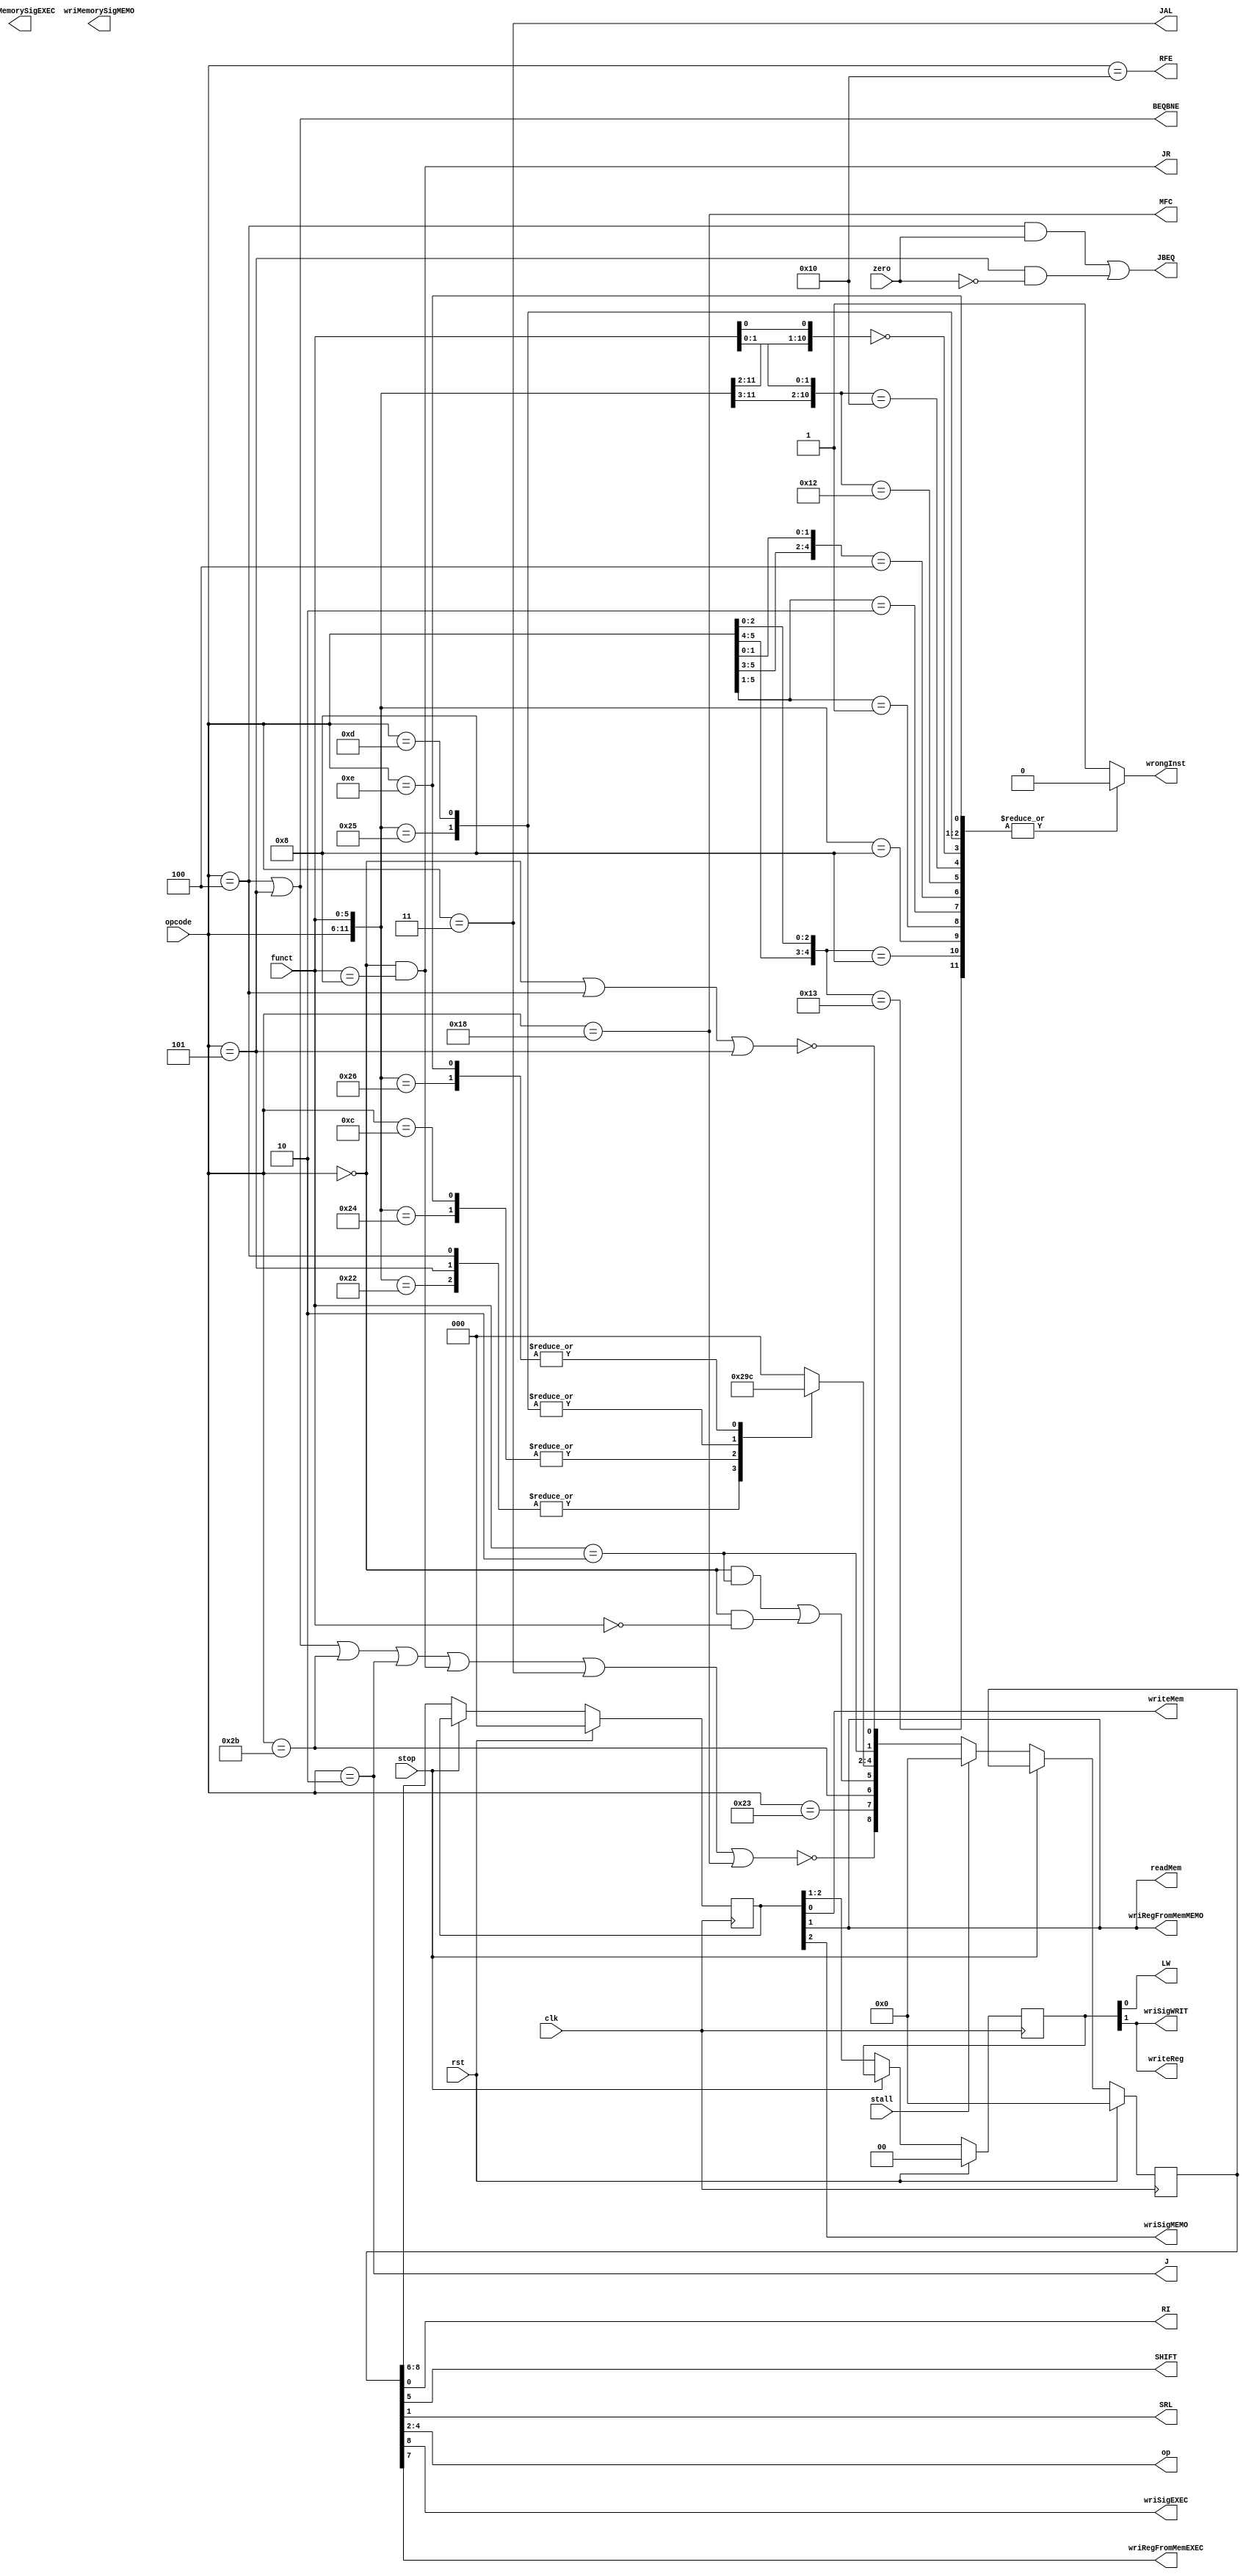
module control_path(
    input clk, rst,
    input [5:0] opcode, funct,
    input zero,
    output BEQBNE, JBEQ, J, JAL, JR, RI, LW, SHIFT, SRL, RFE, MFC,
    output writeReg, writeMem, readMem,
    output [2:0] op,
    output reg wrongInst,
    /* Значения на выход в Управление Конфликтами (Hazard Manager) и вход*/
    input stall, stop,
    output wriSigEXEC, wriSigMEMO, wriSigWRIT,
    output wriMemorySigEXEC, wriMemorySigMEMO,
    output wriRegFromMemEXEC, wriRegFromMemMEMO
);

/* Стартовая выработка команд DECODE стадии */
wire BEQ_D = opcode == 6'b000100;
wire BNE_D = opcode == 6'b000101;
wire RTYPE_D = opcode == 6'b000000;
wire SW_D = opcode == 6'b101011;
// Это J инструкция?
wire J_D = opcode == 6'b000010;
// Это I тип?
wire RI_D = ~(RTYPE_D || BEQ_D || BNE_D);
// Сдвиг left/right? Сдвиг вообще?
wire SLL_D = funct == 6'b000000;
wire SRL_D = funct == 6'b000010;
wire SHIFT_D = (RTYPE_D && SRL_D) || (RTYPE_D && SLL_D);
// Загрузка из памяти?
wire LW_D = opcode == 6'b100011;
// JAL / JR?
wire JR_D = RTYPE_D && funct == 6'b001000;
// BEQ/BNE прыжок
wire JBEQ_D = (BEQ_D && zero) || (BNE_D && ~zero);
wire BEQBNE = BEQ_D || BNE_D;
// JAL?
wire JAL_D = opcode == 6'b000011;
// RFE — возврат по значению в EPC
wire RFE_D = opcode == 6'b010000;
// MFC — загрузка из Cause регистра в регистровый файл
wire MFC_D = opcode == 6'b011000;
// Запись в память и в регистровый файл НЕ: (BEQ BNE SW J JR "JAL")
wire writeMem_D = SW_D;
wire writeReg_D = ~(BEQ_D || BNE_D || SW_D || J_D || JR_D || JAL_D || MFC_D);
// НЕВЕРНАЯ ИНСТРУКЦИЯ
always @(*) begin
    casex({opcode, funct})
    12'b000000_0000x0, // NOP / SLL / SRL
    12'b000000_100x00, // ADD / AND
    12'b000000_100x10, // SUB / XOR
    12'b001x00_xxxxxx, // ADDI / ANDI
    12'b00010x_xxxxxx, // BEQ / BNE
    12'b00001x_xxxxxx, // J / JAL
    12'b000000_001000, // JR
    12'b000000_100101, // OR
    12'b001110_xxxxxx, // XORI
    12'b001101_xxxxxx, // ORI
    12'b01x000_xxxxxx, // RFE / MFC
    12'b10x011_xxxxxx:  wrongInst = 1'b0; // LW / SW
    default:            wrongInst = 1'b1;
    endcase
end

// Выбор операции для ALU
reg [2:0] op_D;
always @(*) begin
    casex({opcode, funct})
    12'b000000_100000: op_D = 3'd0;
    12'b001000_xxxxxx: op_D = 3'd0;
    12'b000000_100010: op_D = 3'd1;
    12'b000100_xxxxxx: op_D = 3'd1;
    12'b000101_xxxxxx: op_D = 3'd1;
    12'b000000_100100: op_D = 3'd2;
    12'b001100_xxxxxx: op_D = 3'd2;
    12'b000000_100101: op_D = 3'd3;
    12'b001101_xxxxxx: op_D = 3'd3;
    12'b000000_100110: op_D = 3'd4;
    12'b001110_xxxxxx: op_D = 3'd4;
    default: op_D = 3'd0;
    endcase
end

/*
Выдача значений из стадий либо пересылка в следующую
*/

// Выдача из DECODE стадии
assign JBEQ = JBEQ_D;
assign J = J_D;
assign JR = JR_D;
assign JAL = JAL_D;
assign RFE = RFE_D;
assign MFC = MFC_D;

/*
Decode -> Execute
*/
// Регистр-задержка
reg [8:0] ctrlExecute;
// Дальше по конвейеру
assign writeReg_E = ctrlExecute[8];
assign LW_E = ctrlExecute[7];
assign writeMem_E = ctrlExecute[6];
// Выдача из EXECUTE стадии
assign SHIFT = ctrlExecute[5];
assign op = ctrlExecute[4:2];
assign SRL = ctrlExecute[1];
assign RI = ctrlExecute[0];
assign wriSigEXEC = writeReg_E;
assign wriRegFromMemEXEC = LW_E;


/*
Execute -> Memory
*/
// Регистр-задержка
reg [2:0] ctrlMemory;
// Дальше по конвейеру
assign writeReg_M = ctrlMemory[2];
assign LW_M = ctrlMemory[1];
// Выдача из MEMORY стадии
assign writeMem = ctrlMemory[0];
assign readMem = LW_M;
assign wriSigMEMO = writeReg_M;
assign wriRegFromMemMEMO = LW_M;

/*
Memory -> WriteBack
*/
// Регистр-задержка
reg [1:0] ctrlWriteback;
// Выдача из WRITEBACK стадии
assign writeReg = ctrlWriteback[1];
assign LW = ctrlWriteback[0];
assign wriSigWRIT = writeReg;

/*
Обновление регистров (Пересылка данных в следующую стадию) по такту
*/
always @(posedge clk) begin
    if (rst) begin
        ctrlExecute <= 9'd0;
        ctrlMemory <= 3'd0;
        ctrlWriteback <= 2'd0;
    end 
    else if (stop) begin
        ctrlExecute <= ctrlExecute;
        ctrlMemory <= ctrlMemory;
        ctrlWriteback <= ctrlWriteback;
    end
    else begin
        // Если остановка конвейера -> пускание "пузыря"
        ctrlExecute <= stall ? 9'd0 : {writeReg_D, LW_D, writeMem_D, SHIFT_D, op_D, SRL_D, RI_D};
        ctrlMemory <= {writeReg_E, LW_E, writeMem_E};
        ctrlWriteback <= {writeReg_M, LW_M};
    end
end

endmodule